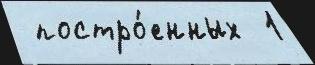
 постро́енных  1